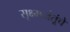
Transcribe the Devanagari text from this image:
सूक्ष्मजंतूंचे